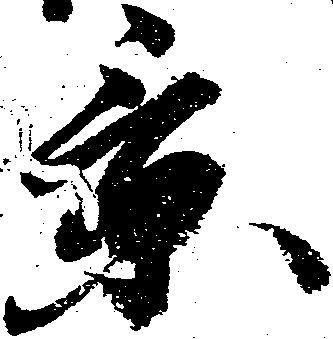
景